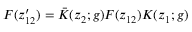
F ( z _ { 1 2 } ^ { \prime } ) = \bar { K } ( z _ { 2 } ; g ) F ( z _ { 1 2 } ) K ( z _ { 1 } ; g )